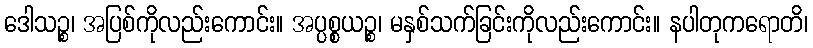
ဒေါသဉ္စ၊ အပြစ်ကိုလည်းကောင်း။ အပ္ပစ္စယဉ္စ၊ မနှစ်သက်ခြင်းကိုလည်းကောင်း။ နပါတုကရောတိ၊